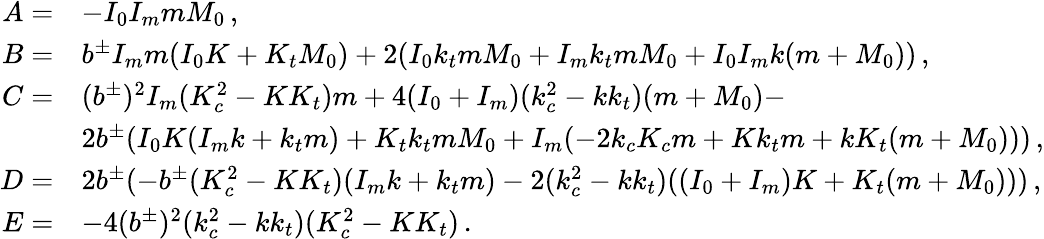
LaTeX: \begin{array}{rl}{A=}&{-I_{0}I_{m}mM_{0}\, ,}\\ {B=}&{b^{\pm}I_{m}m(I_{0}K+K_{t}M_{0})+2(I_{0}k_{t}mM_{0}+I_{m}k_{t}mM_{0}+I_{0}I_{m}k(m+M_{0}))\, ,}\\ {C=}&{(b^{\pm})^{2}I_{m}(K_{c}^{2}-KK_{t})m+4(I_{0}+I_{m})(k_{c}^{2}-kk_{t})(m+M_{0})-}\\ &{2b^{\pm}(I_{0}K(I_{m}k+k_{t}m)+K_{t}k_{t}mM_{0}+I_{m}(-2k_{c}K_{c}m+Kk_{t}m+kK_{t}(m+M_{0})))\, ,}\\ {D=}&{2b^{\pm}(-b^{\pm}(K_{c}^{2}-KK_{t})(I_{m}k+k_{t}m)-2(k_{c}^{2}-kk_{t})((I_{0}+I_{m})K+K_{t}(m+M_{0})))\, ,}\\ {E=}&{-4(b^{\pm})^{2}(k_{c}^{2}-kk_{t})(K_{c}^{2}-KK_{t})\, .}\end{array}